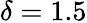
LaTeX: \delta=1.5